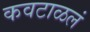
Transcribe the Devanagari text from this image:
कवटाळलं